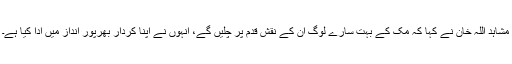
مشاہد اللہ خان نے کہا کہ مک کے بہت سارے لوگ ان کے نقش قدم پر چلیں گے، انہوں نے اپنا کردار بھرپور انداز میں ادا کیا ہے۔